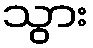
သွား